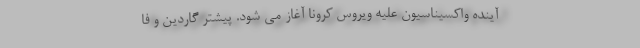
آینده واکسیناسیون علیه ویروس کرونا آغاز می شود. پیشتر گاردین و فا